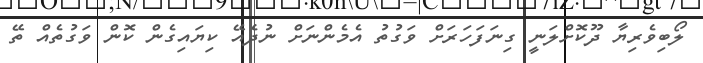
ލޯބިވެރިޔާ ދޫކޮށްލަނީ ގިނަފަހަރަށް ވަގުތު އެމެންނަށް ނުދެއޭ ކިޔައިގެން ކޮން ވަގުތެއް ތޭ